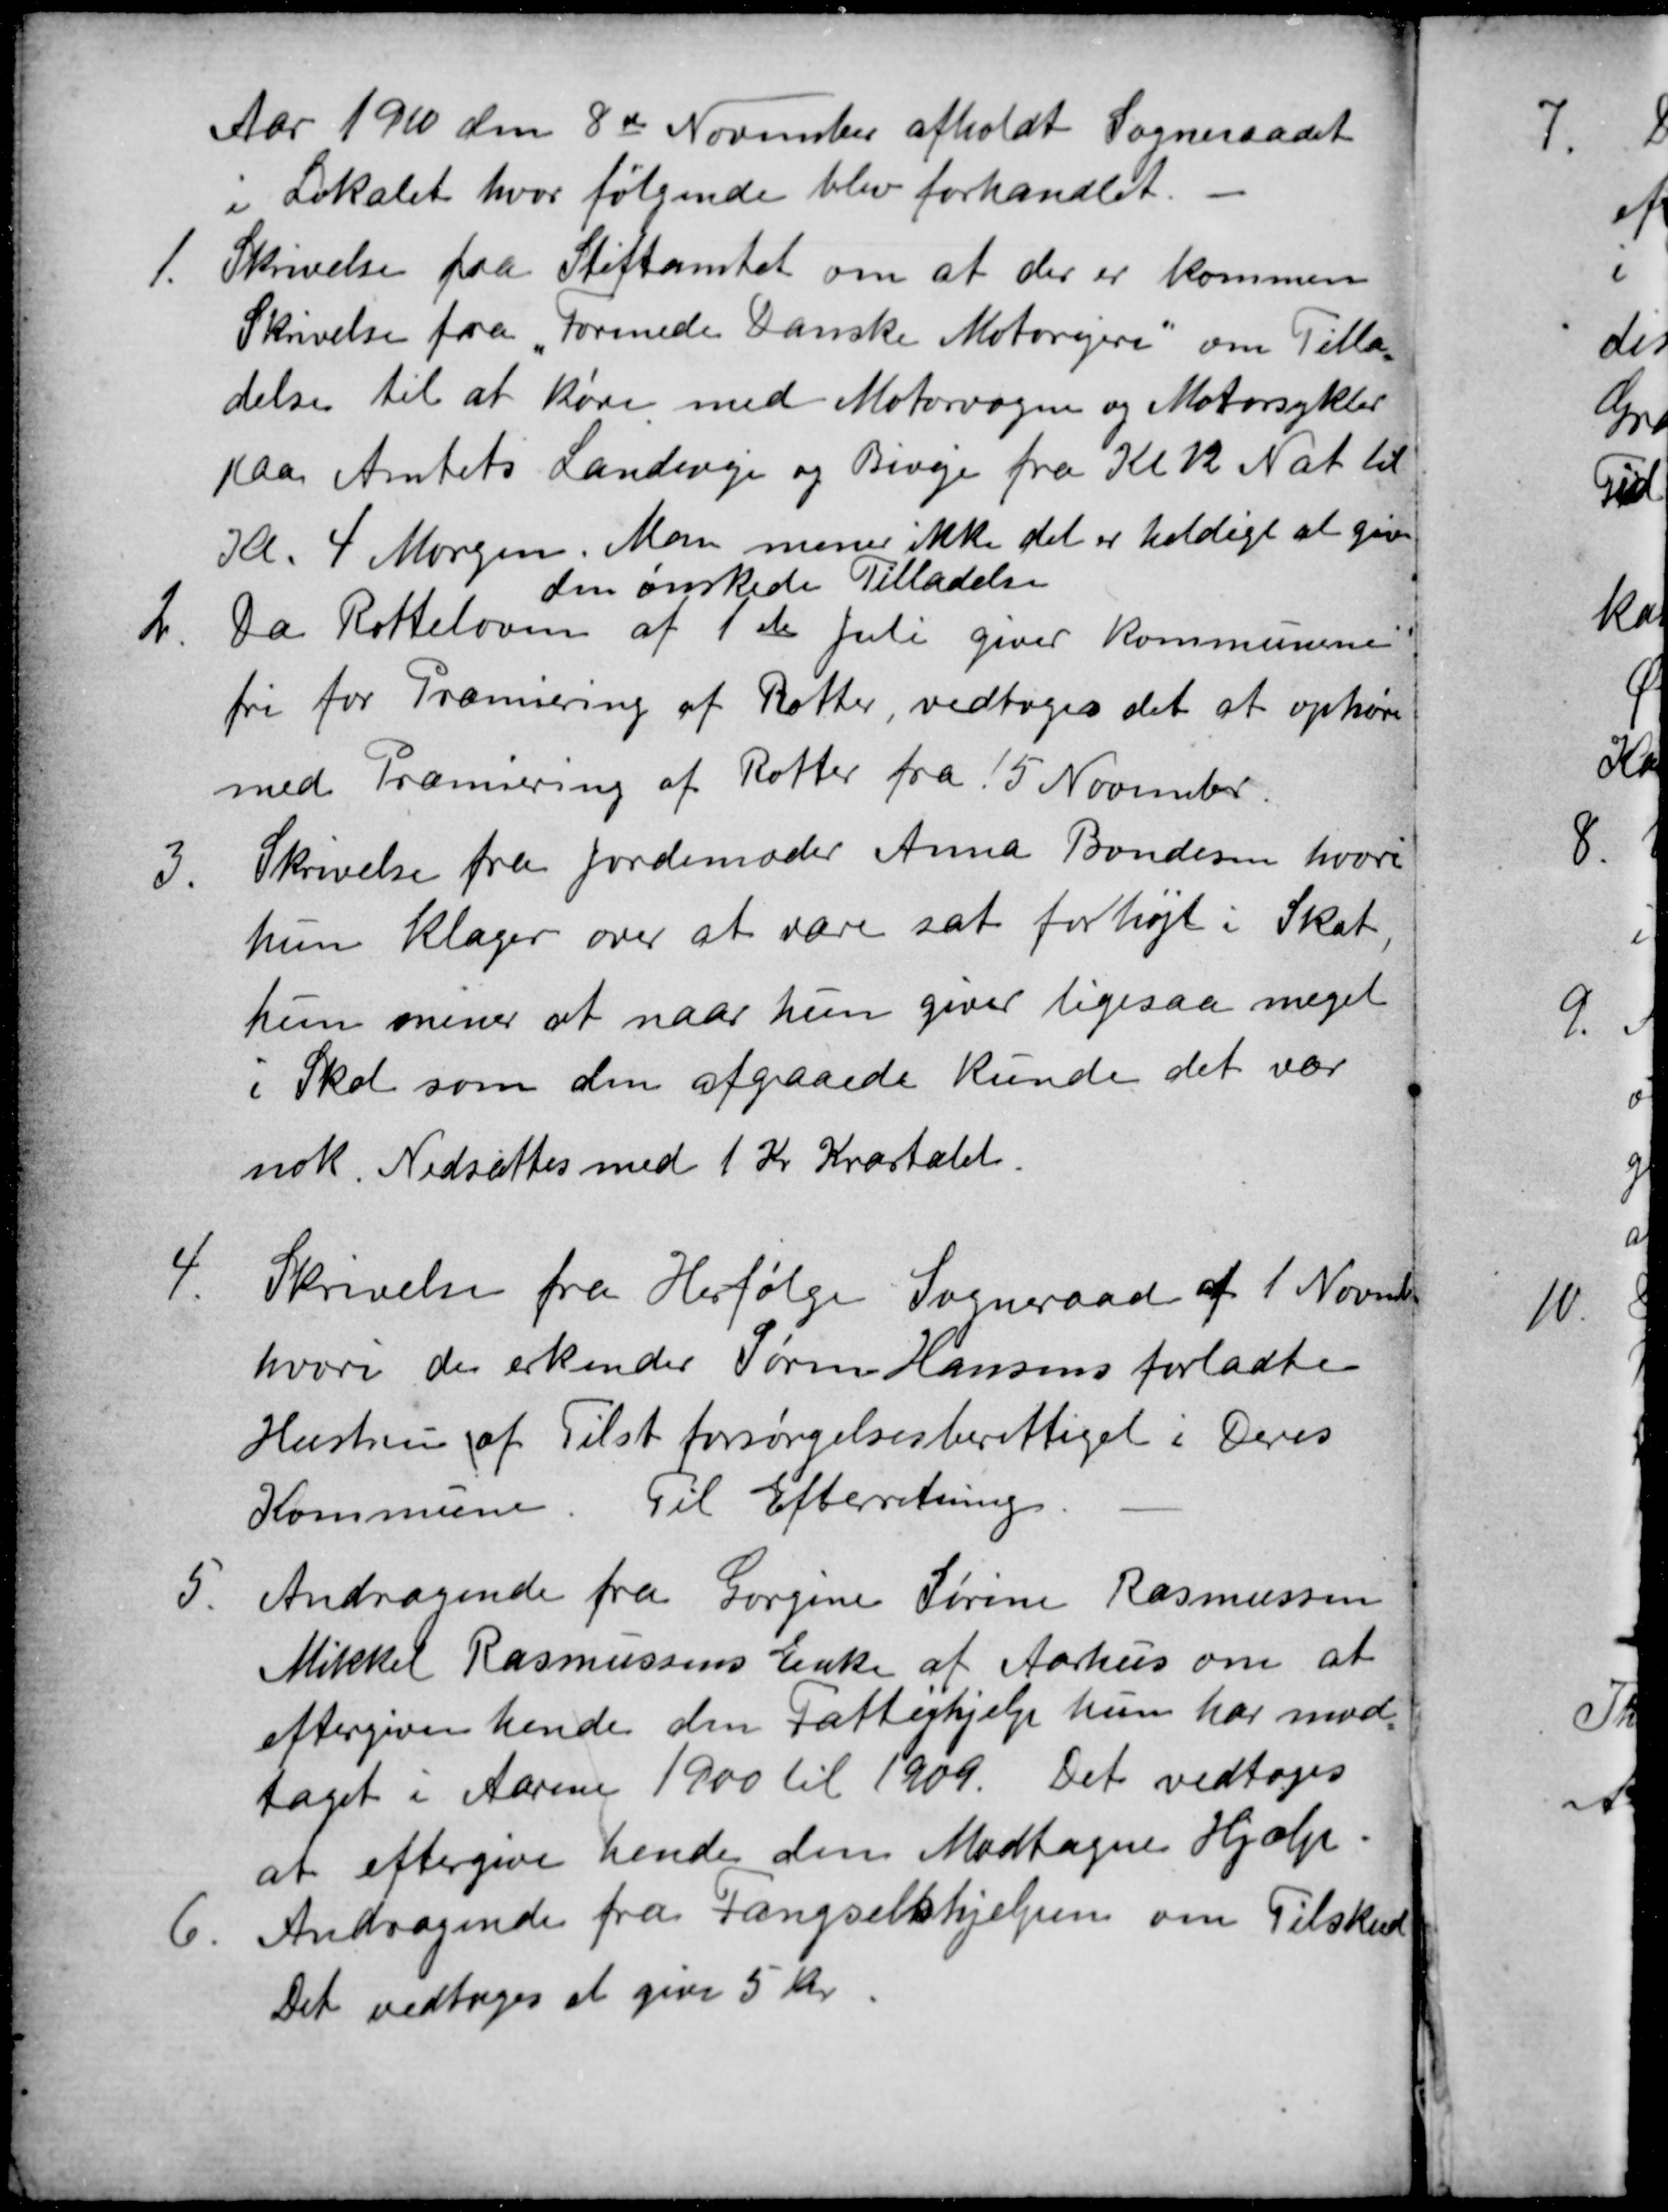
Transskription:
Aar 1910 den 8de November afholdt Sogneraadet
i Lokalet, hvor følgende blev forhandlet.
1.
Skrivelse fra Stiftamtet om at der er kommen
Skrivelse fra "Forenede Danske Motorejere" om Tilla=
delse til at køre med Motorvogne og Motorsykler
paa Amtets Landeveje og Biveje fra Kl 12 Nat til
Kl. 4 Morgen. Man mener ikke det er heldigt at give
2.
Da Rotteloven af 1ste Juli giver Kommunerne
den ønskede Tilladelse
fri for Præmiering af Rotter, vedtoges det at ophøre
med Præmiering af Rotter fra 15 November.
3.
Skrivelse fra Jordemoder Anna Bondesen, hvori
hun klager over at være sat forhøjt i Skat,
hun mener at naar hun giver ligesaa meget
i Skat som den afgaaede kunde det vær
nok. Nedsattes med 1 Kr Kvartalet.
4.
Skrivelse fra Herfølge Sogneraad af 1 November
hvori der erkender Søren Hansens forladte
Hustru af Tilst forsørgelsesberettiget i Deres
Kommune. Til Efterretning.
5.
Andragende fra Gorgine Sørine Rasmussen
Mikkel Rasmussens Enke af Aarhus om at
eftergive hende den Fattighjælp hun har mod-
taget i Aarene 1900 til 1909. Det vedtoges
at eftergive hende den Modtagne Hjælp.
6.
Andragende fra Fængselshjælpen om Tilskud
Det vedtoges at give 5 Kr